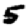
Digit: 5